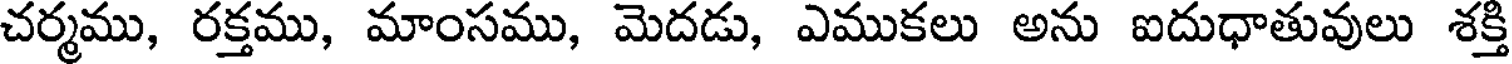
చర్మము, రక్తము, మాంసము, మెదడు, ఎముకలు అను ఐదుధాతువులు శక్తి